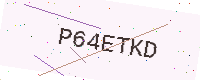
Text: P64ETKD